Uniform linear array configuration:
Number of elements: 16
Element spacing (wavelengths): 0.75
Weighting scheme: cosine
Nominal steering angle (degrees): -30
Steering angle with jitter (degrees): -29.935
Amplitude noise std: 0.05
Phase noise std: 0.05

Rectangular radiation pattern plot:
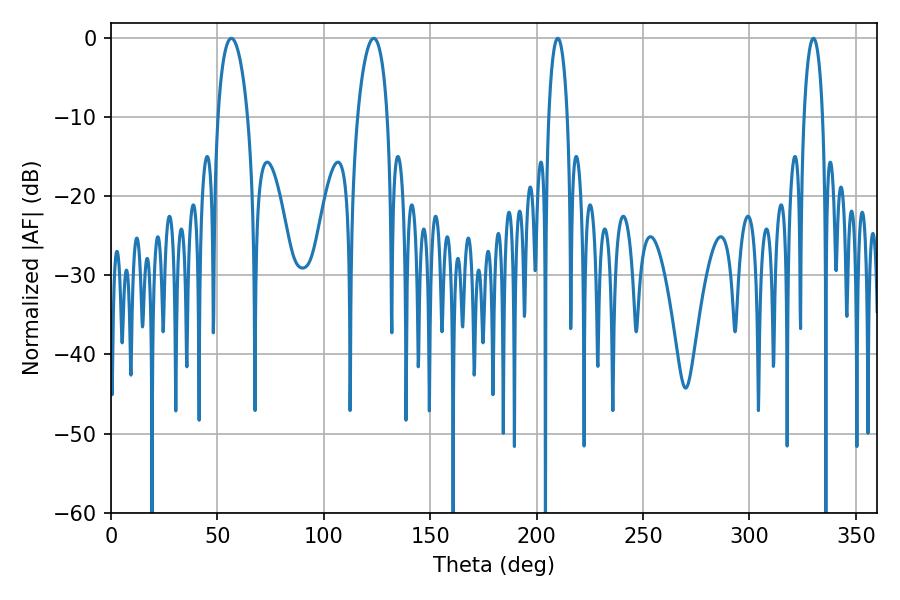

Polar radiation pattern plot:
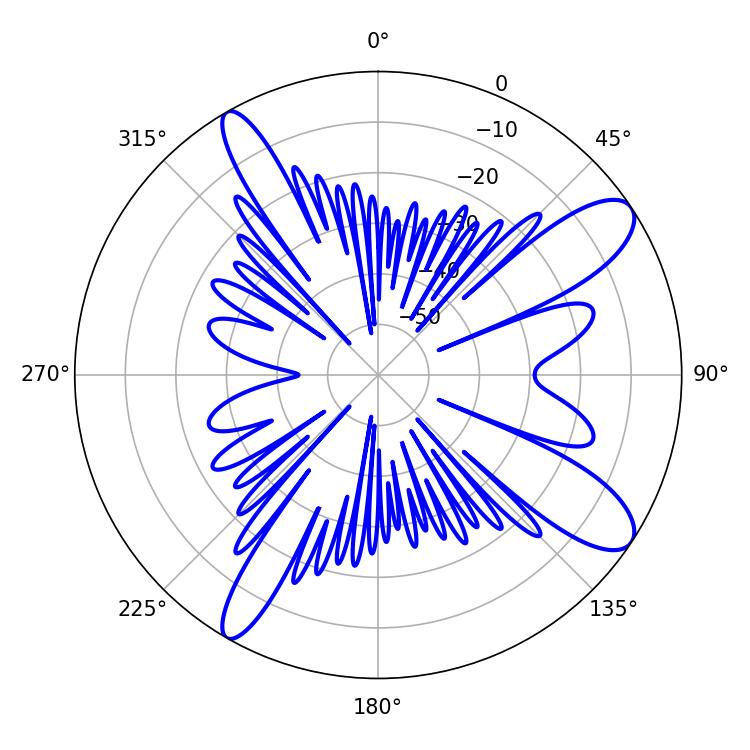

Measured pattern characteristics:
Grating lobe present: TRUE
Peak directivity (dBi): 11.005
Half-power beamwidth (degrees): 8.1
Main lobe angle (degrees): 123.48